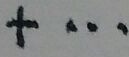
+ \cdots